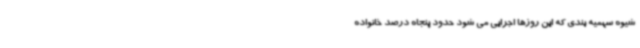
شیوه سهمیه بندی که این روزها اجرایی می شود حدود پنجاه درصد خانواده